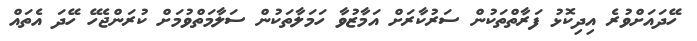
ހޭދައަށްވުރެ އިދިކޮޅު ފަރާތްތަކުން ސަރުކާރަށް އަމާޒުވާ ހަމަލާތަކުން ސަލާމަތްވުމަށް ކުރަންޖެހޭ ހޭދަ އެތައް